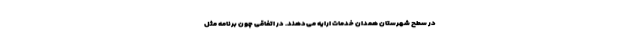
در سطح شهرستان همدان خدمات ارایه می‌دهند. در اتفاقی چون برنامه مثل